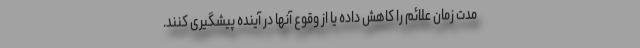
مدت زمان علائم را کاهش داده یا از وقوع آنها در آینده پیشگیری کنند.